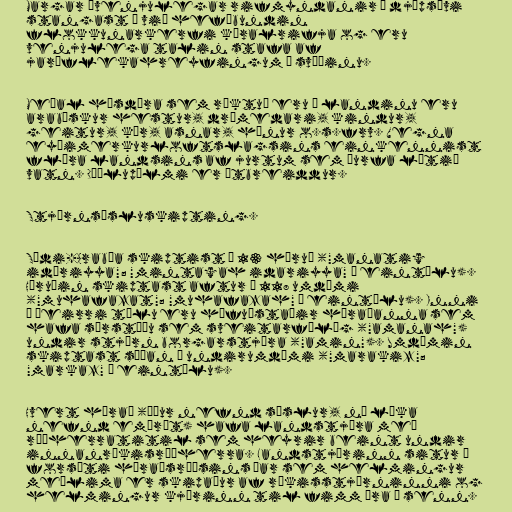
Margar óvenjulegar rifmyndanir á djúpsævi
stangast á við hefðbundin
flokkunarkerfi kóralrifja og eru
venjulega talin stafa af
jarðflekahreyfingum á svæðinu.

Meðal húsdýra sem ræktuð eru í landinu eru
arabískur hestur, drómedari, kindur,
geitur, kýr, asnar, hænur o.s.frv. Vegna
eyðimerkurloftslagsins einkennist
flóra landsins af jurtum sem þurfa lítið
vatn. Döðlupálmi er útbreiddur.

Stjórnsýsluskipting.

Sádi-Arabía skiptist í 13 héruð ("manatiq
idāriyya"; "mintaqah idariyya" í eintölu).
Héruðin skiptast aftur í 118 umdæmi
("muhafazat"; "muhafazah" í eintölu). Inni
í þeirri tölu eru höfuðstaðir héraðanna sem
hafa sérstöðu sem sveitarfélög ("amanah")
undir stjórn borgarstjóra ("amin"). Umdæmin
skiptast síðan í undirumdæmi ("marakiz";
"markaz" í eintölu).

Hvert hérað (áður nefnd sýslur, nú líka
nefnd emíröt) hafa landstjóra með
ráðherratitil sem heyrir beint undir
innanríkisráðherra. Landstjórinn situr í
forsæti héraðsráðsins þar sem helmingur
meðlima er skipaður af ríkisstjórninni og
helmingur kjörinn til fimm ára í senn.